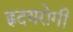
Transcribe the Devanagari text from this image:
ह्रदयरोगी